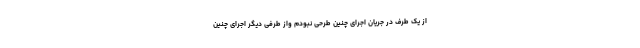
از یک طرف در جریان اجرای چنین طرحی نبودم واز طرفی دیگر اجرای چنین